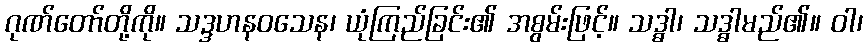
ဂုဏ်တော်တို့ကို။ သဒ္ဒဟနဝသေန၊ ယုံကြည်ခြင်း၏ အစွမ်းဖြင့်။ သဒ္ဓါ၊ သဒ္ဓါမည်၏။ ဝါ၊